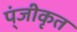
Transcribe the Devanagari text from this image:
प्ंजीकृत